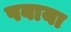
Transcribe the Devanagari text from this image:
पवाया